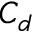
C _ { d }